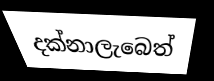
දක්නාලැබෙත්